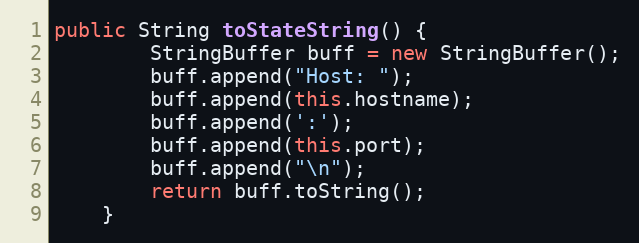
Language: Java
public String toStateString() {
        StringBuffer buff = new StringBuffer();
        buff.append("Host: ");
        buff.append(this.hostname);
        buff.append(':');
        buff.append(this.port);
        buff.append("\n");
        return buff.toString();
    }